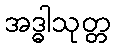
အဒ္ဓါသုတ္တ